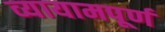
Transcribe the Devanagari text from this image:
व्यायामपूर्ण